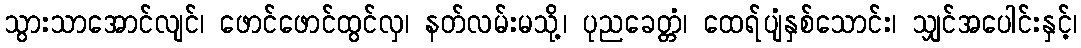
သွားသာအောင်လျင်၊ ဖောင်ဖောင်ထွင်လှ၊ နတ်လမ်းမသို့၊ ပုညခေတ္တံ၊ ထေရ်ပျံနှစ်သောင်း၊ သျှင်အပေါင်းနှင့်၊